Vaccination in the Punjab 1883-1896 - 1883-1896
Year: 1883
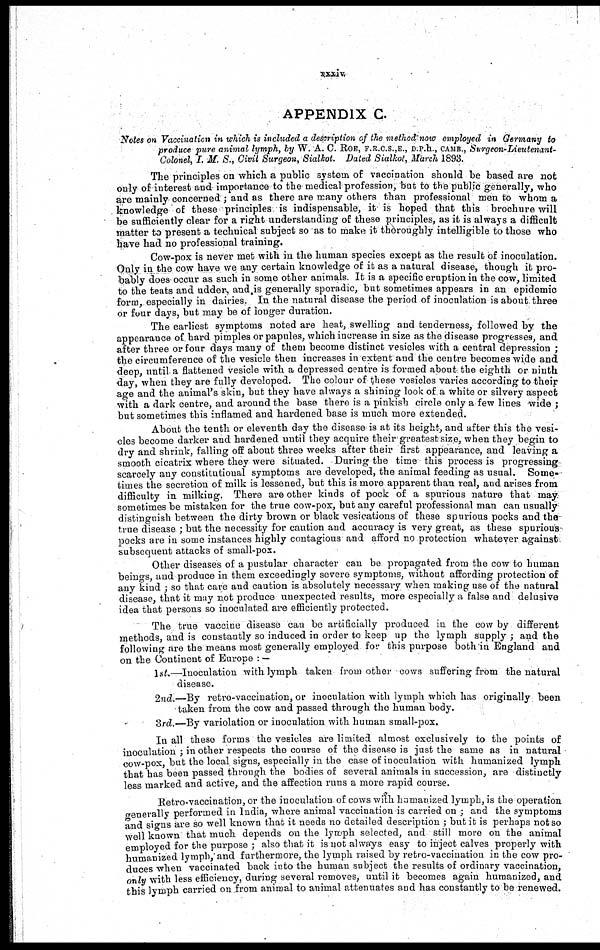
xxxiv
APPENDIX C.
Notes on Vaccination in which is included a description of the method now employed in Germany to
produce pure animal lymph, by W. A. C. ROE, F. R. C.S.,E., D.P.h., CAMB. , Surgeon-Lieutenant¬
Colonel, I. M. S., Civil Surgeon, Sialkot. Dated Sialkot, March 1893.
The principles on which a public system of vaccination should be based are not
only of interest and importance to the medical profession, but to the public generally, who
are mainly concerned ; and as there are many others than professional men to whom a
knowledge of these principles is indispensable, it is hoped that this brochure will
be sufficiently clear for a right understanding of these principles, as it is always a difficult
matter to present a technical subject so as to make it thoroughly intelligible to those who
have had no professional training.
Cow-pox is never met with in the human species except as the result of inoculation.
Only in the cow have we any certain knowledge of it as a natural disease, though it pro-
bably does occur as such in some other animals. It is a specific eruption in the cow, limited
to the teats and udder, and.is generally sporadic, but sometimes appears in an epidemic
form, especially in dairies. In the natural disease the period of inoculation is about three
or four days, but may be of longer duration.
The earliest symptoms noted are heat, swelling and tenderness, followed by the
appearance of hard pimples or papules, which increase in size as the disease progresses, and
after three or four days many of them become distinct vesicles with a central depression ;
the circumference of the vesicle then increases in extent and the centre becomes wide and
deep, until a flattened vesicle with a depressed centre is formed about the eighth or ninth
day, when they are fully developed. The colour of these vesicles varies according to their
age and the animal's skin, but they have always a shining look of a white or silvery aspect
with a dark centre, and around the base there is a pinkish circle only a few lines wide ;
but sometimes this inflamed and hardened base is much more extended.
About the tenth or eleventh day the disease is at its height, and after this the vesi-
cles become darker and hardened until they acquire their greatest size, when they begin to
dry and shrink, falling off about three weeks after their first appearance, and leaving a
smooth cicatrix where they were situated. During the time this process is progressing
scarcely any constitutional symptoms are developed, the animal feeding as usual. Some-
times the secretion of milk is lessened, but this is more apparent than real, and arises from
difficulty in milking. There are other kinds of pock of a spurious nature that may
sometimes be mistaken for the true cow-pox, but any careful professional man can usually
distinguish between the dirty brown or black vesications of these spurious pocks and the
true disease ; but the necessity for caution and accuracy is very great, as these spurious
pocks are in some instances highly contagious and afford no protection whatever against
subsequent attacks of small-pox.
Other diseases of a pustular character can be propagated from the cow to human
beings, and produce in them exceedingly severe symptoms, without affording protection of
any kind ; so that care and caution is absolutely necessary when making use of the natural
disease, that it may not produce unexpected results, more especially a false and delusive
idea that persons so inoculated are efficiently protected.
The true vaccine disease can be artificially produced in the cow by different
methods, and is constantly so induced in order to keep up the lymph supply ; and the
following are the means most generally employed for this purpose both in England and
on the Continent of Europe : —
1st.—Inoculation with lymph taken from other cows suffering from the natural
disease.
2nd.—By retro-vaccination, or inoculation with lymph which has originally been
taken from the cow and passed through the human body.
3rd.—By variolation or inoculation with human small-pox.
In all these forms the vesicles are limited almost exclusively to the points of
inoculation ; in other respects the course of the disease is just the same as in natural
cow-pox, but the local signs, especially in the case of inoculation with humanized lymph
that has been passed through the bodies of several animals in succession, are distinctly
less marked and active, and the affection runs a more rapid course.
Retro-vaccination, or the inoculation of cows with humanized lymph, is the operation
generally performed in India, where animal vaccination is carried on ; and the symptoms
and signs are so well known that it needs no detailed description ; but it is perhaps not so
well known that much depends on the lymph selected, and still more on the animal
employed for the purpose ; also that it is not always easy to inject calves properly with
humanized lymph, and furthermore, the lymph raised by retro-vaccination in the cow pro-
duces when vaccinated back into the human subject the results of ordinary vaccination,
only with less efficiency, during several removes, until it becomes again humanized, and
this lymph carried on from animal to animal attenuates and has constantly to be renewed.